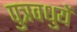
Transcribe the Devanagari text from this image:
पुत्रवधुयें